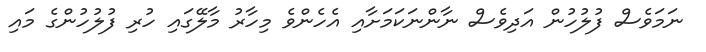
ނަމަވެސް ފުލުހުން އަދިވެސް ނާންނަކަމަށާއި އެހެންވެ މިހާރު މާލޭގައި ހުރި ފުލުހުންގެ މައި